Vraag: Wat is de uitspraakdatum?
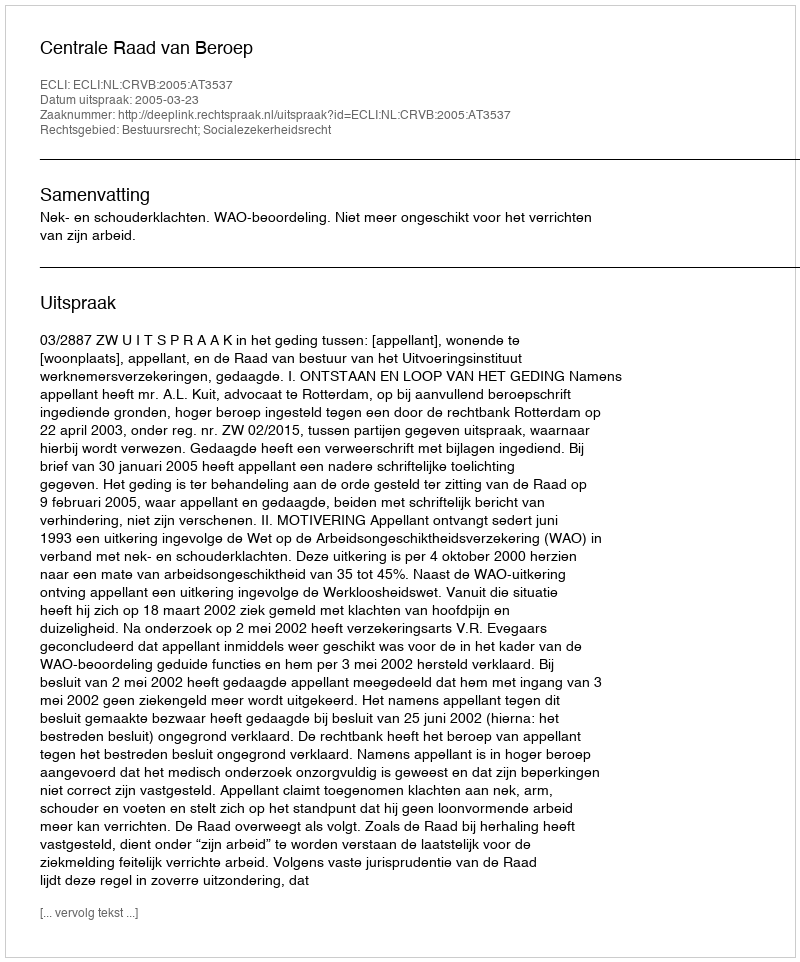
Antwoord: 2005-03-23